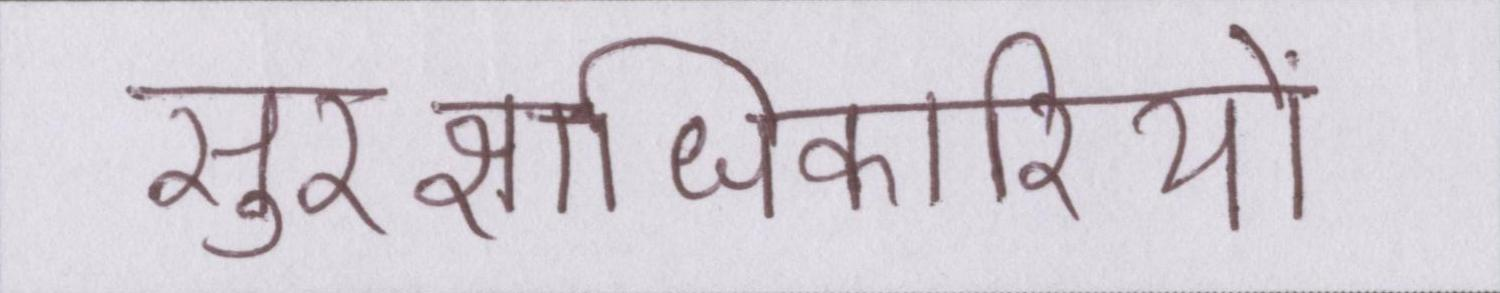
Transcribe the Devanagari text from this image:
सुरक्षाधिकारियों